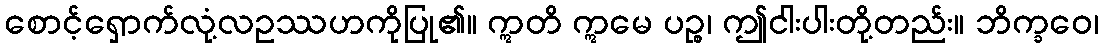
စောင့်ရှောက်လုံ့လဥဿဟကိုပြု၏။ ဣတိ ဣမေ ပဉ္စ၊ ဤငါးပါးတို့တည်း။ ဘိက္ခဝေ၊